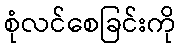
စုံလင်စေခြင်းကို